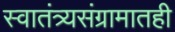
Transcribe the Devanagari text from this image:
स्वातंत्र्यसंग्रामातही